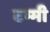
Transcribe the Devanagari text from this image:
टम्मी